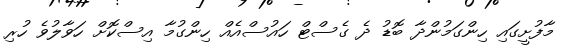
މާފުށީގައި ހިންގަމުންދާ ބޮޑު ދެ ގެސްޓް ހައުސްއެއް ހިންގުމާ އިސްކޮށް ހަވާލުވެ ހުރި